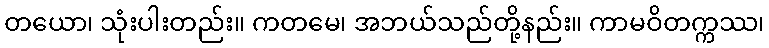
တယော၊ သုံးပါးတည်း။ ကတမေ၊ အဘယ်သည်တို့နည်း။ ကာမဝိတက္ကဿ၊